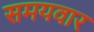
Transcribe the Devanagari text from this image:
समयवार